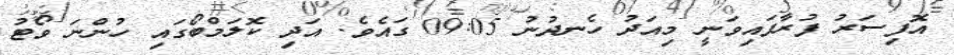
އޮފިސަރު ފުރާފައިވަނީ މިއަދު ހެނދުނު 09:05 ގައެވެ. އަދި ކޮލަމްބޯގައި ހުންނަ ވޯޓު